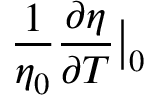
\frac { 1 } { \eta _ { 0 } } \frac { \partial \eta } { \partial T } \big | _ { 0 }